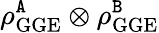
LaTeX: \rho_{\mathrm{GGE}}^{\tt A}\otimes\rho_{\mathrm{GGE}}^{\tt B}